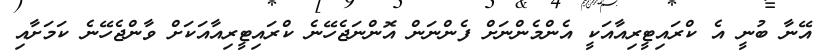
އޭނާ ބުނީ އެ ކްރައިޓީރިއާއަކީ އެންމެންނަށް ފެންނަން އޮންނަޖެހޭނެ ކްރައިޓީރިއާއަކަށް ވާންޖެހޭނެ ކަމަށާއި